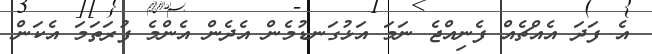
އެ ފަދަ އެއްޗެއް ފެނިއްޖެ ނަމަ އަޅުގަނޑުމެން އެދެން އެންމެ ފުރަތަމަ އެކަން